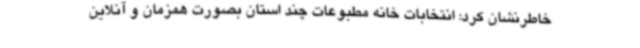
خاطرنشان کرد: انتخابات خانه مطبوعات چند استان بصورت همزمان و آنلاین